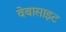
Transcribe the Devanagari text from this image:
वेबासाइट